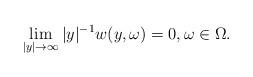
LaTeX: \begin{align*}\lim_{|y| \to \infty} |y|^{-1} w(y,\omega) = 0, \omega \in \Omega.\end{align*}